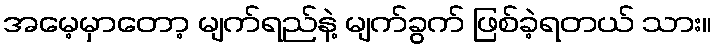
အမေ့မှာတော့ မျက်ရည်နဲ့ မျက်ခွက် ဖြစ်ခဲ့ရတယ် သား။